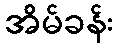
အိမ်ခန်း